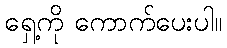
ရှေ့ကို ကောက်ပေးပါ။